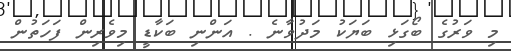
މި ވަރުގެ ބޯގަޅި ބަޔަކު މަދުވާނެ . އަންނި ބަަކާޑީ މިވެރިން ފަހަތުން